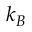
k _ { B }